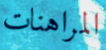
المراهنات